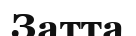
Затта